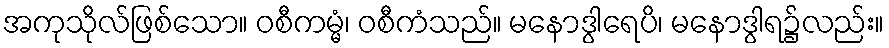
အကုသိုလ်ဖြစ်သော။ ဝစီကမ္မံ၊ ဝစီကံသည်။ မနောဒွါရေပိ၊ မနောဒွါရ၌လည်း။